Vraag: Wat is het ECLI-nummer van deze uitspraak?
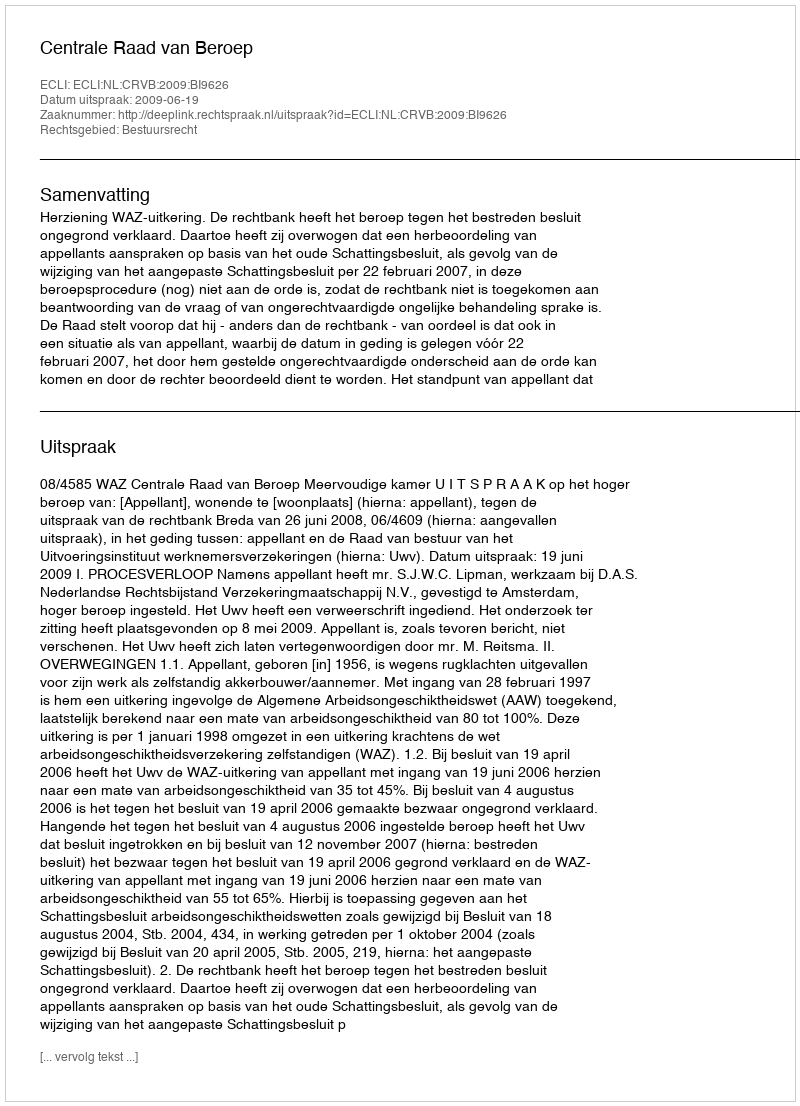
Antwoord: ECLI:NL:CRVB:2009:BI9626